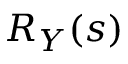
R _ { Y } ( s )